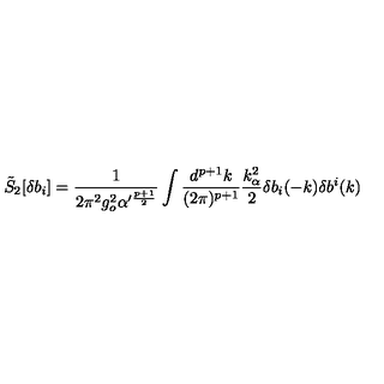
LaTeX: \tilde { S } _ { 2 } [ \delta b _ { i } ] = \frac { 1 } { 2 \pi ^ { 2 } g _ { o } ^ { 2 } \alpha ^ { \prime \frac { p + 1 } { 2 } } } \int \frac { d ^ { p + 1 } k } { ( 2 \pi ) ^ { p + 1 } } \frac { k _ { \alpha } ^ { 2 } } { 2 } \delta b _ { i } ( - k ) \delta b ^ { i } ( k )